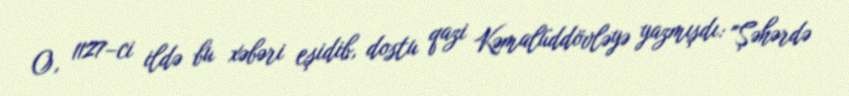
O, 1127–ci ildə bu xəbəri eşidib, dostu qazi Kəmalüddövləyə yazmışdı: "Şəhərdə